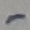
Text: -